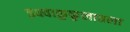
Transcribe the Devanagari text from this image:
इक्ष्वाकुकुलातला